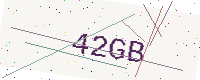
Text: 42GB